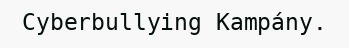
Cyberbullying Kampány.